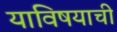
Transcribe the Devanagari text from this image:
याविषयाची